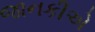
જાનકીએ